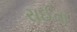
રાઈતા